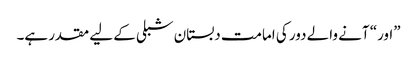
”اور“ آنے والے دور کی امامت دبستان شبلی کے لیے مقدر ہے۔